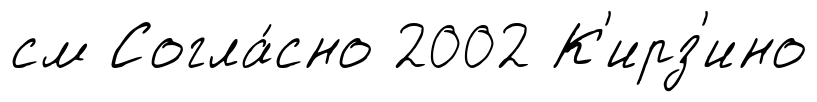
см Согла́сно 2002 К'ирз'ино